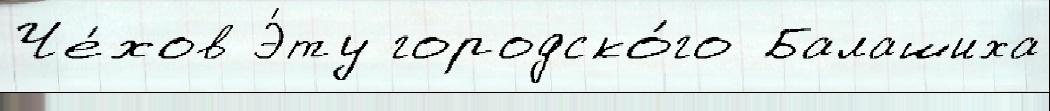
Че́хов Э́ту городско́го Балашиха